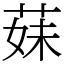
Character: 𦳀